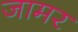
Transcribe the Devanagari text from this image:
जामर